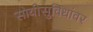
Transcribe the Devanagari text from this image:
सोयीसुविधांवर